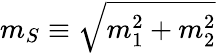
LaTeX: m_{S}\equiv\sqrt{m_{1}^{2}+m_{2}^{2}}